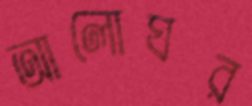
আলোঘর